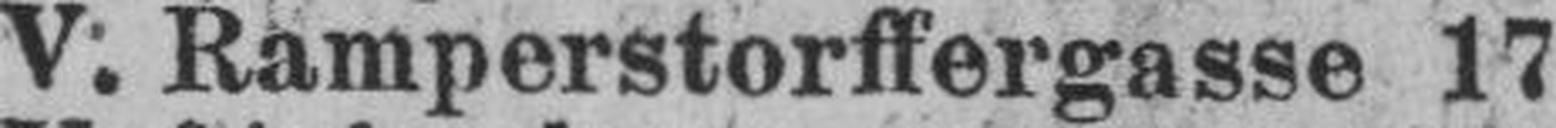
V. Ramperstorffergasse 17